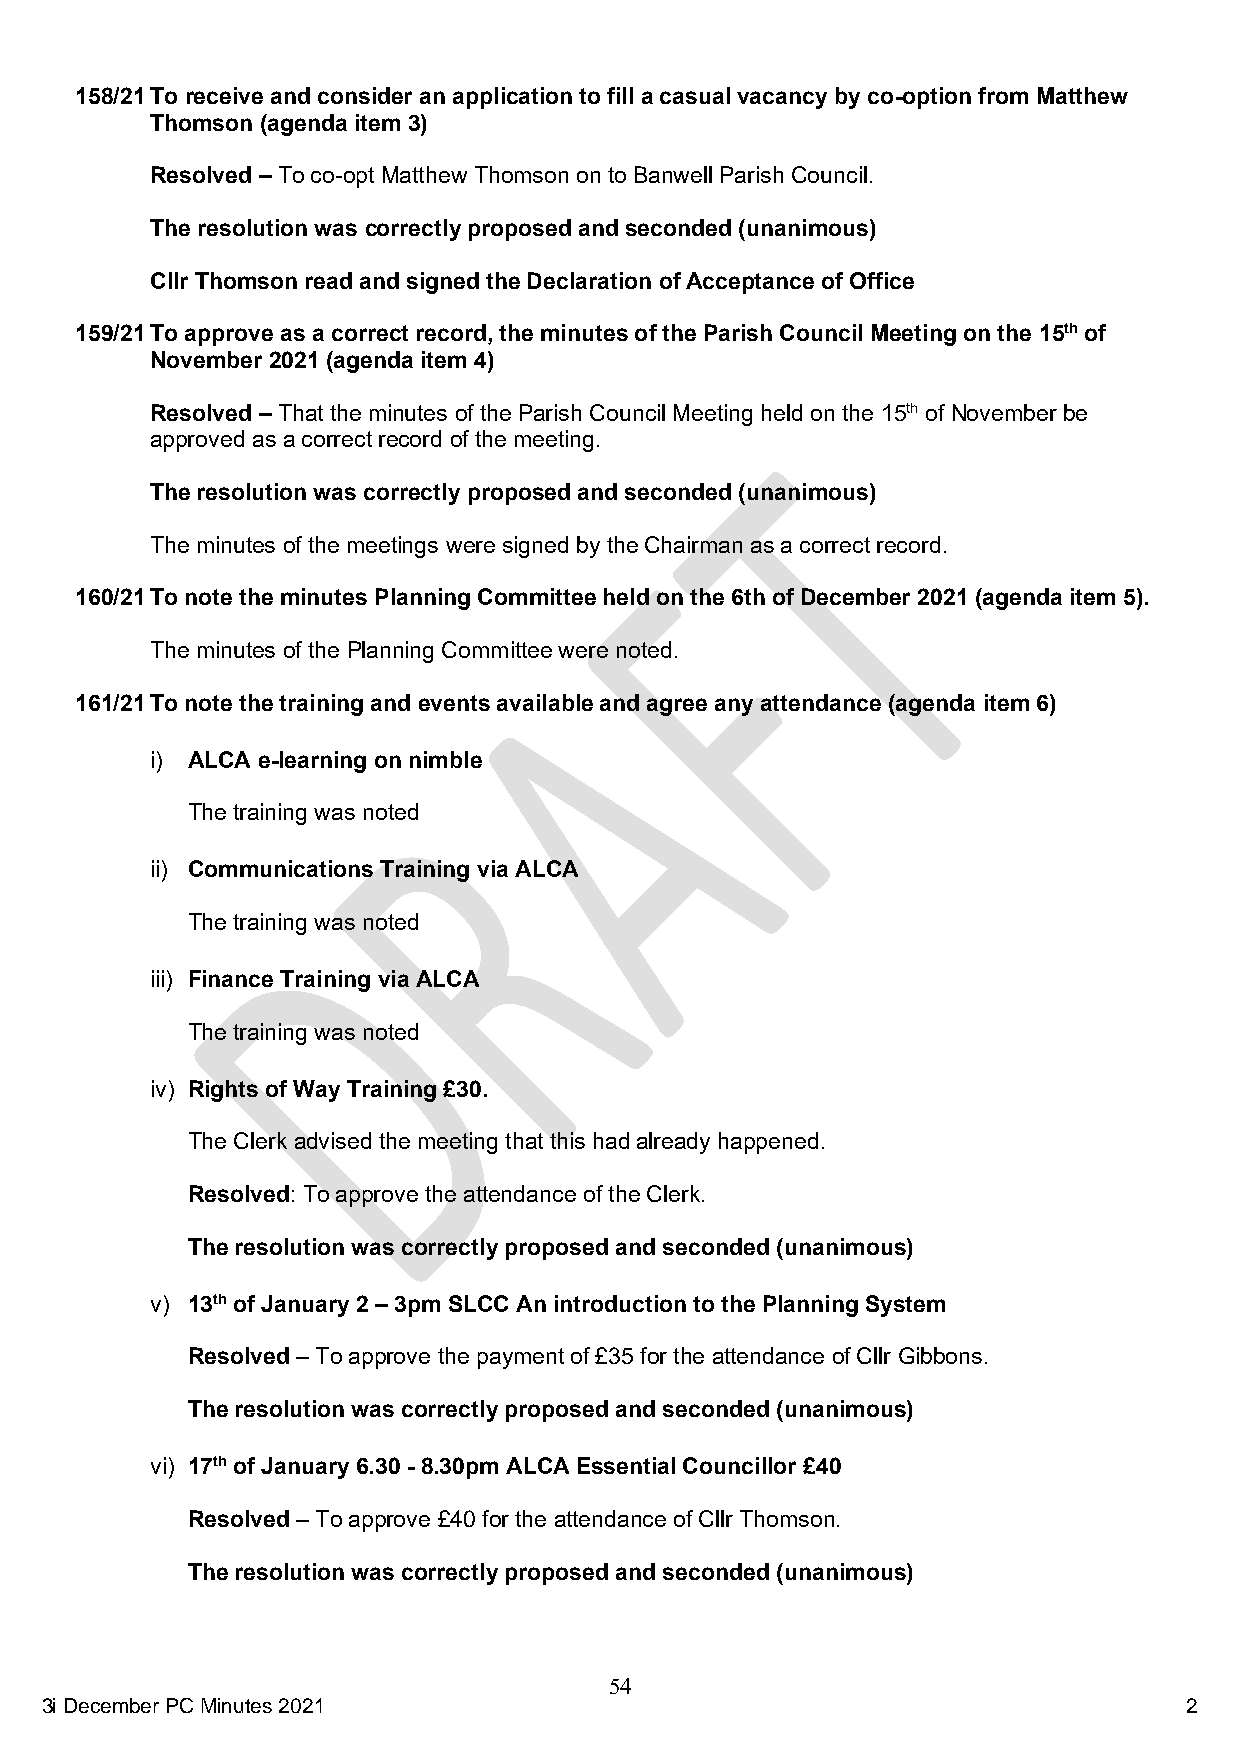
158/21 To receive and consider an application to fill a casual vacancy by co-option from Matthew
 Thomson (agenda item 3)
 Resolved – To co-opt Matthew Thomson on to Banwell Parish Council.
 The resolution was correctly proposed and seconded (unanimous)
 Cllr Thomson read and signed the Declaration of Acceptance of Office
 159/21 To approve as a correct record, the minutes of the Parish Council Meeting on the 15th of
 November 2021 (agenda item 4)
 Resolved – That the minutes of the Parish Council Meeting held on the 15th of November be
 approved as a correct record of the meeting.
 The resolution was correctly proposed and seconded (unanimous)
 The minutes of the meetings were signed by the Chairman as a correct record.
 160/21 To note the minutes Planning Committee held on the 6th of December 2021 (agenda item 5).
 The minutes of the Planning Committee were noted.
 161/21 To note the training and events available and agree any attendance (agenda item 6)
 i) ALCA e-learning on nimble
 The training was noted
 ii) Communications Training via ALCA
 The training was noted
 iii) Finance Training via ALCA
 The training was noted
 iv) Rights of Way Training £30.
 The Clerk advised the meeting that this had already happened.
 Resolved: To approve the attendance of the Clerk.
 The resolution was correctly proposed and seconded (unanimous)
 v) 13th of January 2 – 3pm SLCC An introduction to the Planning System
 Resolved – To approve the payment of £35 for the attendance of Cllr Gibbons.
 The resolution was correctly proposed and seconded (unanimous)
 vi) 17th of January 6.30 - 8.30pm ALCA Essential Councillor £40
 Resolved – To approve £40 for the attendance of Cllr Thomson.
 The resolution was correctly proposed and seconded (unanimous)
 54
 3i Decembe r PC Minutes 2021                                               2